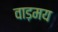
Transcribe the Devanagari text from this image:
वाड़मय